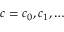
c = c _ { 0 } , c _ { 1 } , \ldots